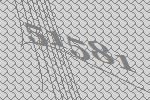
51581